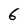
Character: 6